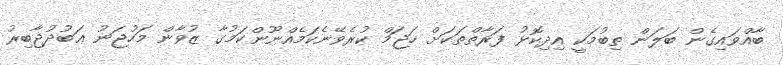
ބާއްވައިގެން ބަލަން ތިބުމަކީ އިދިކޮޅު ފަރާތްތަކަށް ހަޖަމް ކުރެވޭނެކަމެއްނޫންކަމުގާ ޒުވާން މަހުޖަނު ޢަބުދުޖާބިރު